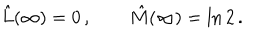
LaTeX: \hat { L } ( \infty ) = 0 \, , \quad \quad \hat { M } ( \infty ) = \ln 2 \, .